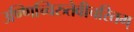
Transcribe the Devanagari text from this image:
उण्णिच्चिरुतेवीचरितम्